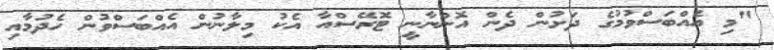
"މި އެއްބަސްވުމުގެ ދަށުން ދެން އޮންނާނީ ޓޮރޭސްއާ އެކު މިލާނުން އެއްބަސްވުން ހެދުމާއި